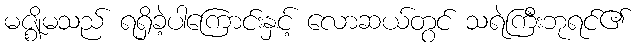
မဇ္ဈိမသည် ရရှိခဲ့ပါကြောင်းနှင့် လောဆယ်တွင် သရဲကြီးဘုရင်၏